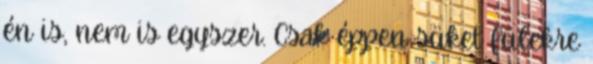
én is, nem is egyszer. Csak éppen süket fülekre